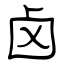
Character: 卤